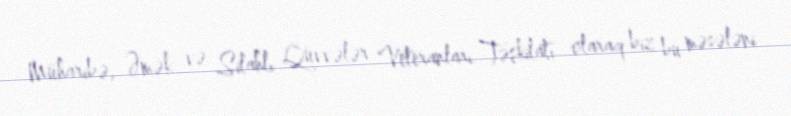
Müharibə, Əmək və Silahlı Qüvvələr Veteranları Təşkilatı olaraq biz bu məsələni